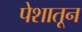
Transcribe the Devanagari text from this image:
पेशातून